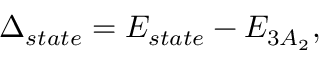
\Delta _ { s t a t e } = E _ { s t a t e } - E _ { 3 A _ { 2 } } ,